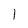
Character: 1